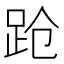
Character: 跄